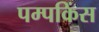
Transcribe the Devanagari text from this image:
पम्पकिंस